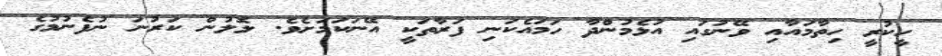
ހީކުރީ ހިތާމައާއި ވޭނުގައި އުޅެމުންދާ ހަމައެކަނި ފަރާތަކީ އޭނަކަމަށެވެ. ލޮލުން ކަރުނަ ނުފެނުމުގެ